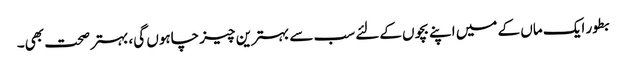
بطور ایک ماں کے میں اپنے بچوں کےلئے سب سے بہترین چیز چاہوں گی، بہتر صحت بھی۔